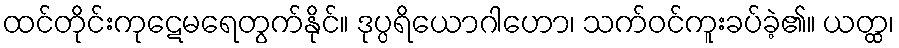
ထင်တိုင်းကုဋေမရေတွက်နိုင်။ ဒုပ္ပရိယောဂါဟော၊ သက်ဝင်ကူးခပ်ခဲ့၏။ ယတ္ထ၊